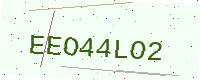
Text: EEO44LO2